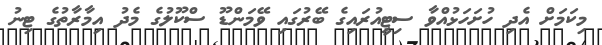
މިކަމަށް އެދި ހުށަހަޅުއްވާ ސިޓީއުރައިގެ ބޭރުގައި ވޭމަންޑޫ ސްކޫލުގެ މެދު އިމާރާތުގެ ޓިނު